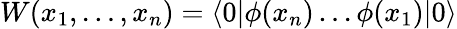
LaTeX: W(x_{1},\dots,x_{n})=\langle 0|\phi(x_{n})\dots\phi(x_{1})|0\rangle